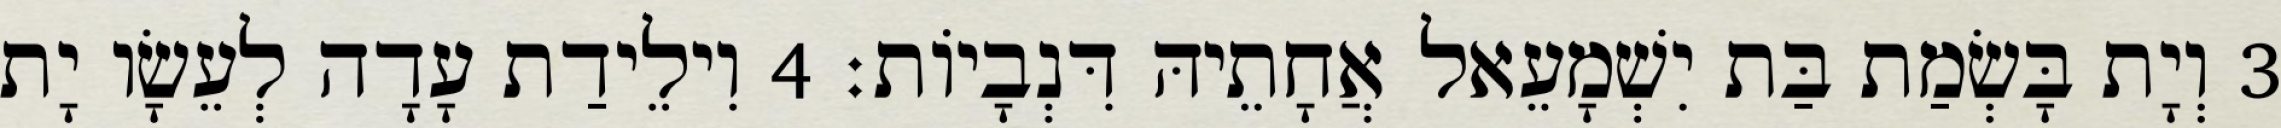
3 וְיָת בָּשְׂמַת בַּת יִשְׁמָעֵאל אֲחָתֵיהּ דִּנְבָיוֹת׃ 4 וִילֵידַת עָדָה לְעֵשָׂו יָת